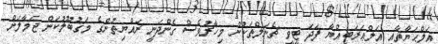
އަލްޙަޔާތާއި އަލްޢަރަބިއްޔާ ފަދަ ޓީވީ ޗެނަލްތަކުން މިހާރުވެސް ގެންދަނީ ރައްޔިތުންގެ މަޤުބޫލުކަން ޖަމާލަށް